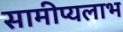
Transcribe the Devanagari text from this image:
सामीप्यलाभ